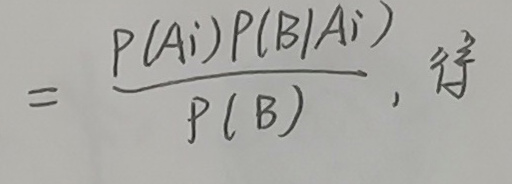
$= \frac{P(A_i)P(B|A_i)}{P(B)}, $得